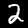
Digit: 2